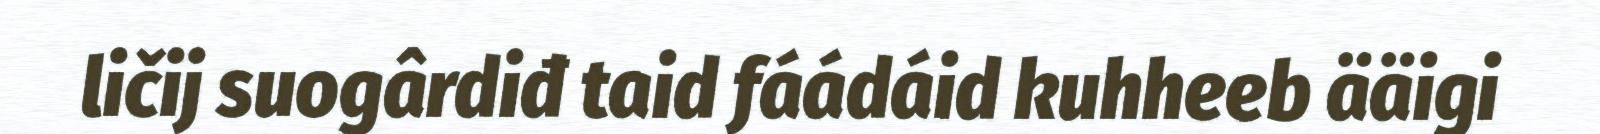
ličij suogârdiđ taid fáádáid kuhheeb ääigi